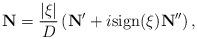
LaTeX: \begin{align*}\mathbf{N}=\frac{|\xi|}{D}\left(\mathbf{N}'+i\mathrm{ sign}(\xi)\mathbf{N}''\right),\end{align*}